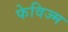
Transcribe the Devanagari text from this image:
फेविज्म